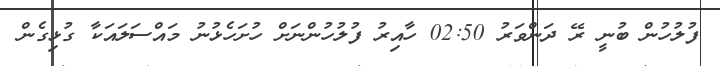
ފުލުހުން ބުނީ ރޭ ދަންވަރު 02:50 ހާއިރު ފުލުހުންނަށް ހުށަހެޅުނު މައްސަލައަކާ ގުޅިގެން